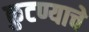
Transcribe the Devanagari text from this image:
कुटण्याचे